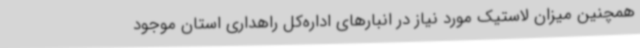
همچنین میزان لاستیک مورد نیاز در انبارهای اداره‌کل راهداری استان موجود